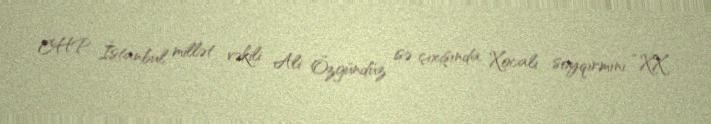
CHP İstanbul millət vəkili Ali Özgündüz isə çıxışında Xocalı soyqırmını “XX